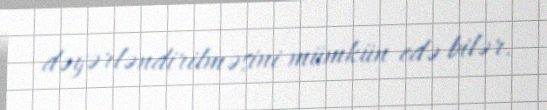
dəyərləndirilməsini mümkün edə bilər.